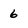
Character: 6